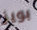
بويز